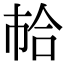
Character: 𢂷